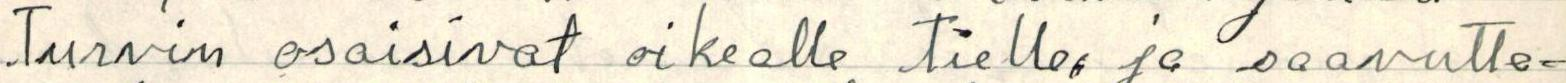
turvin osaisivat oikealle tielle, ja saavutta-